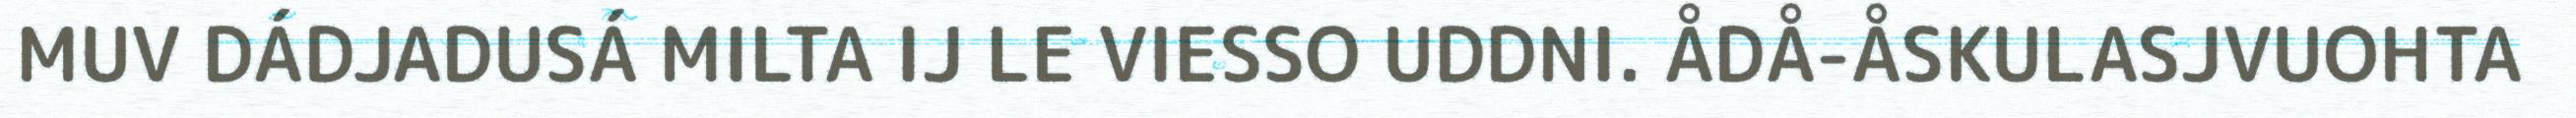
MUV DÁDJADUSÁ MILTA IJ LE VIESSO UDDNI. ÅDÅ-ÅSKULASJVUOHTA